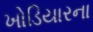
ખોડિયારના